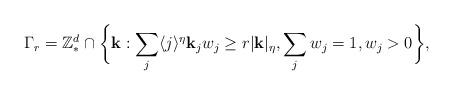
LaTeX: \begin{align*}\Gamma_{r} = \mathbb{Z}^{d}_{*} \cap \bigg\{\mathbf{k}: \sum_{j} \langle j\rangle^{\eta}{\bf k}_{j} w_{j} \geq r|{\bf k}|_{\eta}, \sum_{j}w_{j}=1, w_j>0 \bigg\},\end{align*}